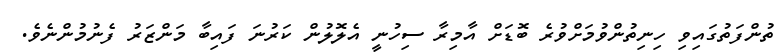
ތުންފަތުގައިވި ހިނިތުންވުމަށްވުރެ ބޮޑަށް އާމިރާ ސިހުނީ އެލޮލުން ކަރުނަ ފައިބާ މަންޒަރު ފެނުމުންނެވެ.